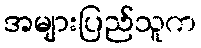
အများပြည်သူက